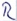
Text: R